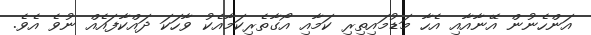
އަންހެނުން އޭނާއާއި އެހާ މަޑުމައިތިރި ކަމާއި އޯގާތެރިކަމާއެކު ވާހަކަ ދައްކާފައެއް ނުވެ އެވެ.